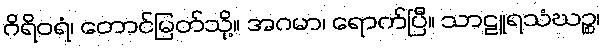
ဂိရိဝရံ၊ တောင်မြတ်သို့။ အဂမာ၊ ရောက်ပြီ။ သာဠူရသံဃဉ္စ၊